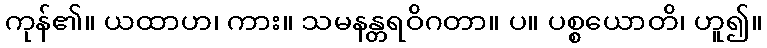
ကုန်၏။ ယထာဟ၊ ကား။ သမနန္တရဝိဂတာ။ ပ။ ပစ္စယောတိ၊ ဟူ၍။